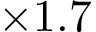
\times 1 . 7